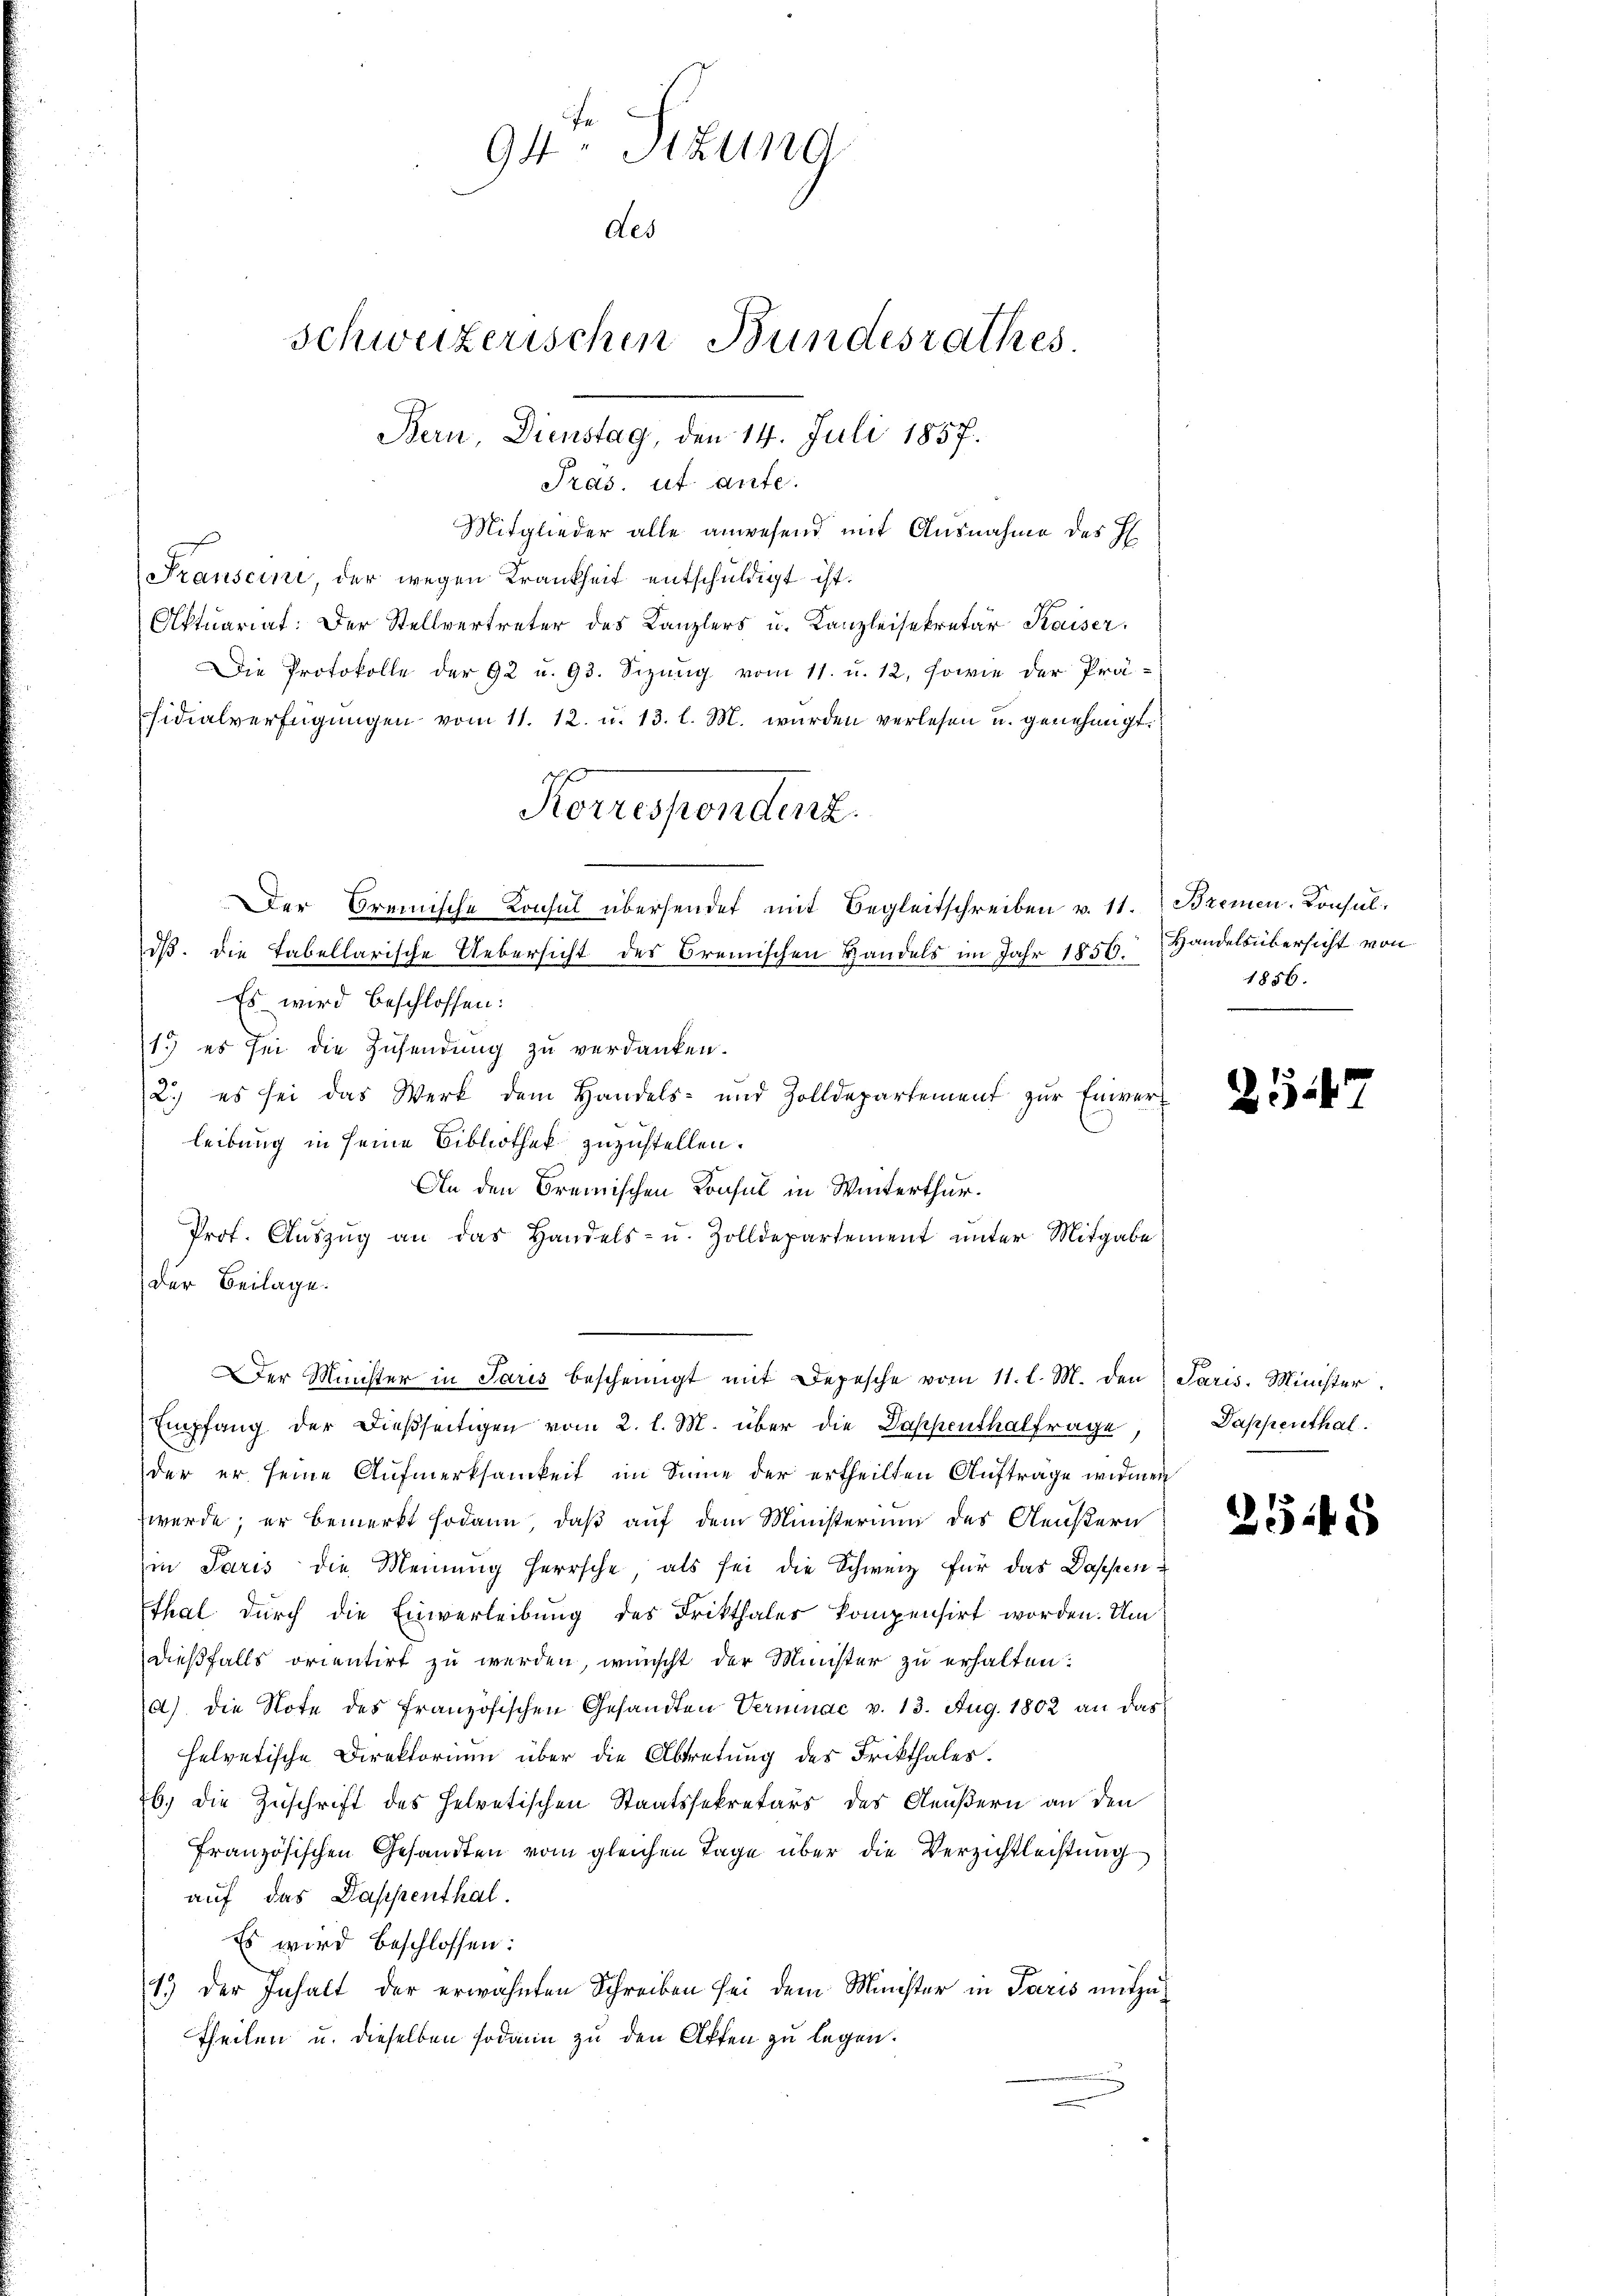
94 Sizung
des
Schweizerischen Bundesrathes
Bern, Dienstag, den 14. Juli 1857.

Pras. et ante.
Mitglieder alle anwesend mit Ausnahme des H
Franscini der wegen Krankheit entschuldigt ist.
Aktuariat. Der Stellvertreter des Kanzlers u. Kanzleisekretär Kaiser.
Die Protokolle der 92 u. 93. Sizung vom 11. u. 12, sowie der Prä-
sidialverfügungen vom 11. 12. u. 13. l. M. wurden verlesen u. genehmigt.
Korrespendarz
Der Breinische Konsul übersendet mit Begleitschreiben v. 11.
iß. Die Tabellarische Uebersicht des Bremischen Handels im Jahr 1856.
Es wird beschlossen:
11. es sei die Zusendung zu verdanken.
2.) es sei das Werk dem Handels- und Zolldepartement zŭr Einverleibung in seine Bibliothek zuzustellen.
An den Bremischen Konsul in Winterthur.
Prot. Aŭszŭg an das Handels- u. Zolldepartement ŭnter Mitgabe
Der Beilage.
Der Münster in Paris bescheinigt mit Depesche vom 11. l. M. den Paris. Minister
Empfang der dießseitigen vom 2. l. M. über die Dappenthalfrage
der er seine Aufmerksamkeit im Sinne der ertheilten Auftrage widmen
werde; er bemerkt sodann, daß auf dem Ministerium des Aeußern
Ein Paris die Meinung herrsche, als sei die Schweiz für das Dappen
Thal durch die Einverleibung des Frikthaler kompensirt worden. Um
dießfalls orientirt zu werden, wünscht der Minister zu erhalten:
a) die Note des französischen Gesandten Vermuac v. 13. Aug. 1802 an dar
helvetische Direktorium über die Abtretung des Frikthales.
b. die Zuschrift des Helvetischen Staatssekretärs des Aeußern an den
Französischen Gesandten vom gleichen Tage über die Verzichtleistung
auf das Dappenthal.
Es wird beschlossen:
1.) Der Inhalt der erwähnten Schreiben sei dem Minister in Paris mitzutheilen u. dieselben sodann zu den Akten zu legen.

Bremen-Konsul
Handelsübersicht von
1856.

ZG 47

Dappenthal

255